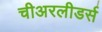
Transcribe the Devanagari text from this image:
चीअरलीडर्स